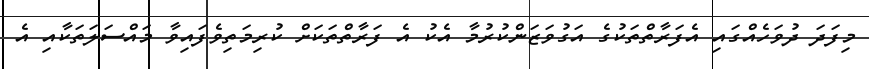
މިފަދަ ދުވަހެއްގައި އެފަރާތްތަކުގެ އަގުވަޒަންކުރުމާ އެކު އެ ފަރާތްތަކަށް ކުރިމަތިވެފައިވާ މައްސަލަތަކާއި އެ